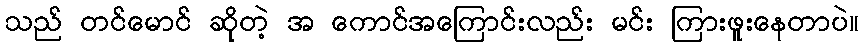
သည် တင်မောင် ဆိုတဲ့ အ ကောင်အကြောင်းလည်း မင်း ကြားဖူးနေတာပဲ။